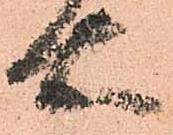
右